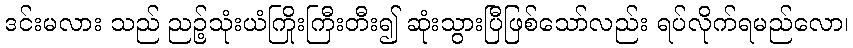
ဒင်းမလား သည် ညဉ့်သုံးယံကြိုးကြီးတီး၍ ဆုံးသွားပြီဖြစ်သော်လည်း ရပ်လိုက်ရမည်လော၊